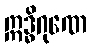
ဣဒ္ဓိဂုဏေ